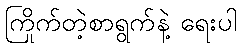
ကြိုက်တဲ့စာရွက်နဲ့ ရေးပါ